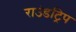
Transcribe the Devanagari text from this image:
राउंडट्रिप